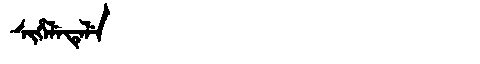
Manchu: ᠰᡳᡥᡝᠯᡝᡨᡝᠯᡝ
Romanization: SIHELETELE